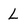
Character: L